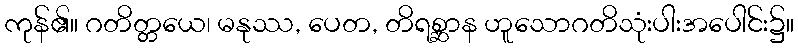
ကုန်၏။ ဂတိတ္တယေ၊ မနုဿ, ပေတ, တိရစ္ဆာန ဟူသောဂတိသုံးပါးအပေါင်း၌။